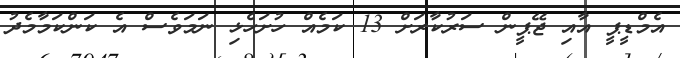
އެމްޑީޕީ އާއި ޖޭޕީން ސަރުކާރަށް 13 ކަމެއް ހުށަހެޅި ނަމަވެސް އެ ކަންކަމާމެދު